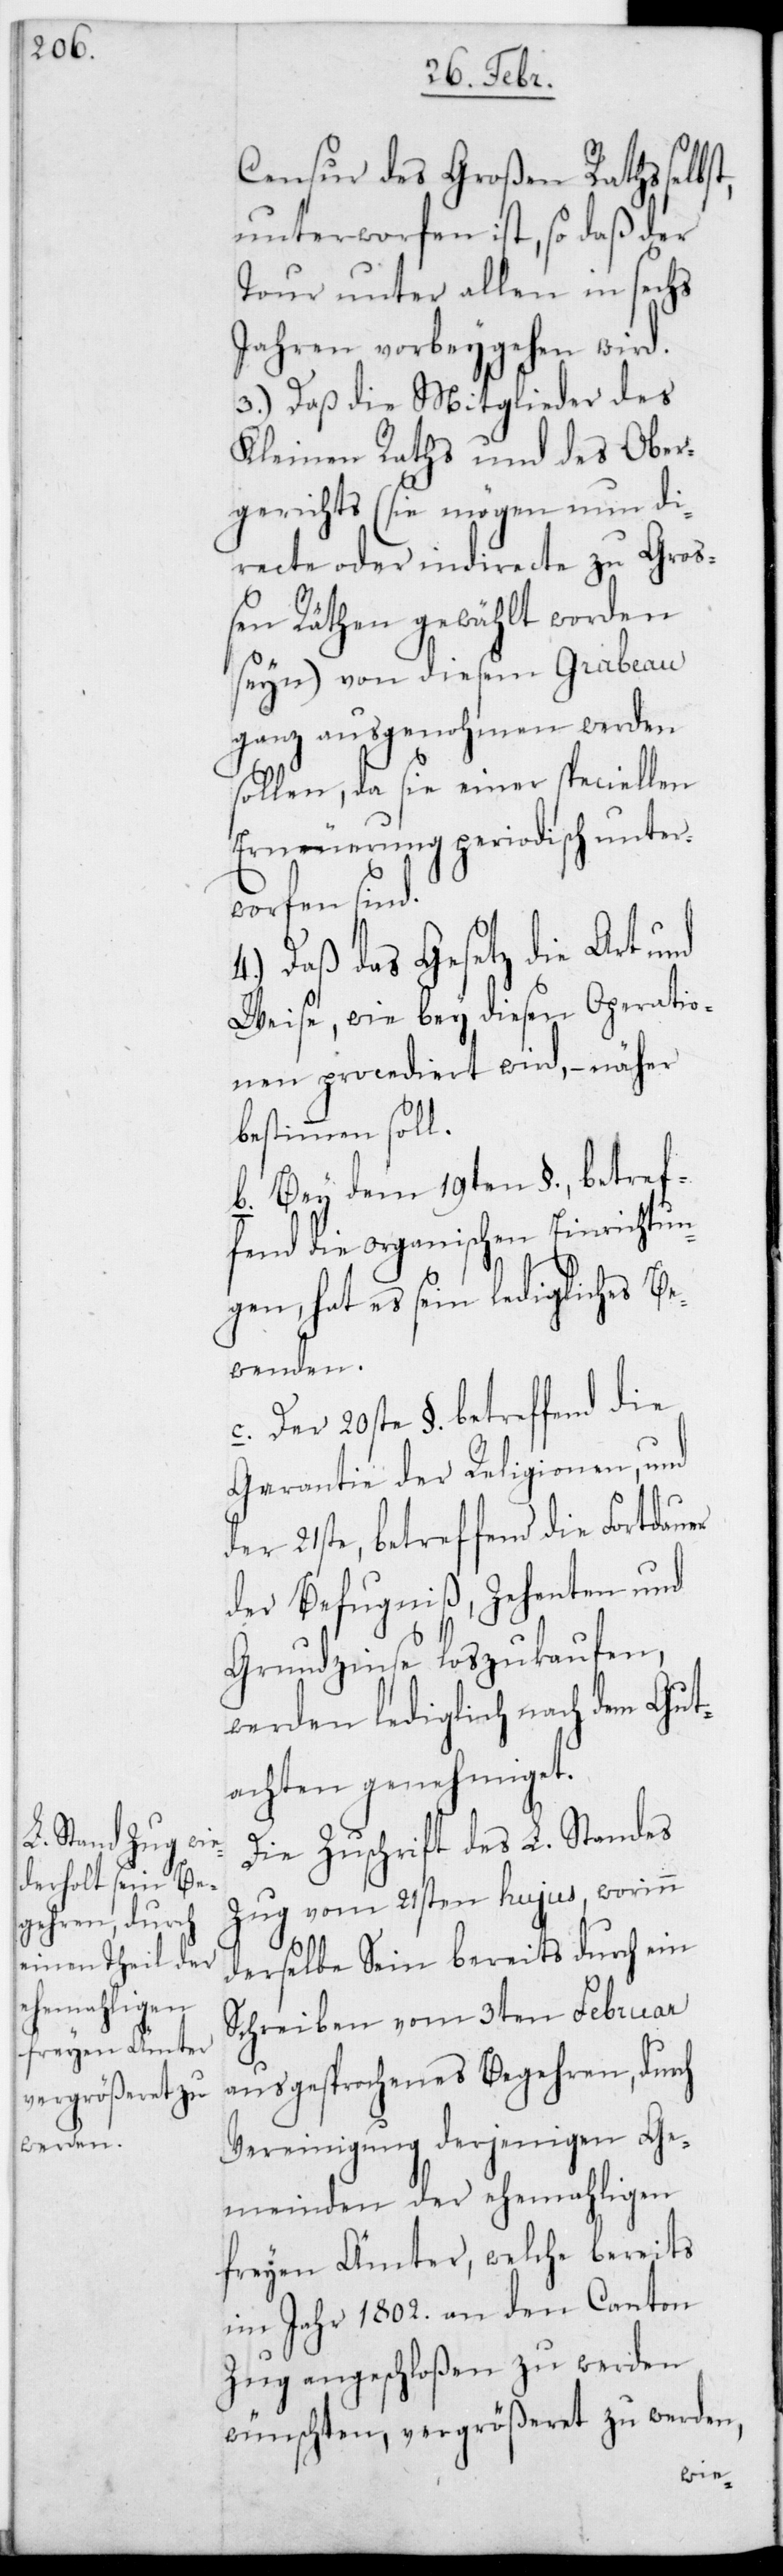
Censur des Großen Raths
unterworfen ist, so daß der
Tour unter allen in sechs
Jahren vorbeygehen wird.
3.) Daß die Mitglieder des
Kleinen Raths und des Ober¬
gerichts (sie mögen nun di¬
recte oder indirecte zu Groß¬
en Räthen gewählt worden
sein) von diesem Grabeau
ganz ausgenohmen werden
sollen, da sie einer speciellen
Erneuerung periodisch unter¬
worfen sind.
4.) Daß das Gesetz die Art und
Weise, wie bey diesen Operatio¬
nen procediert wird, – näher
bestimmen soll.
b. Bey dem 19ten §., betref¬
fend die organischen Einrichtun¬
gen, hat es sein ledigliches Be¬
wenden.
c. Der 20ste §. betreffend die
Garantie der Religionen und
der 21ste, betreffend die Fortdauer
der Befugniß, Zehenten und
Grundzinse loszukaufen,
werden lediglich nach dem Gut¬
achten genehmiget.
Die Zuschrift des L. Standes
Zug vom 21sten hujus, worinn
derselbe sein bereits durch ein
Schreiben vom 3ten Februar
ausgesprochenes Begehren, durch
Vereinigung derjenigen Ge¬
meinden der ehemaligen
Freien Ämter, welche bereits
im Jahr 1802. an den Canton
Zug angeschloßen zu werden
wünschten, vergrößeret zu werden,